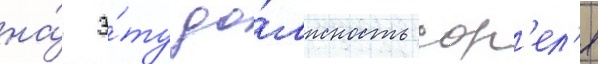
на́ э́ту до́лжность сор'ел'я